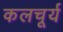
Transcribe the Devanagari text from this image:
कलचूर्य